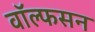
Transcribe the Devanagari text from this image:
वॉल्फसन